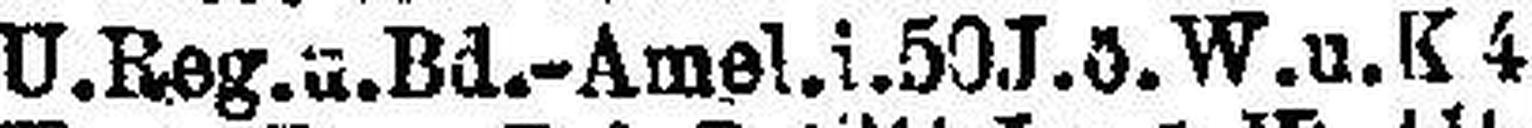
U. Reg. u. Bd.-Amel. i. 50J.ö. W. u. K 4